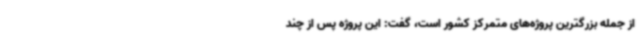
از جمله بزرگترین پروژه‌های متمرکز کشور است، گفت: این پروژه پس از چند